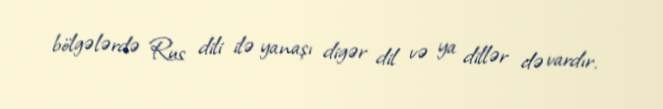
bölgələrdə Rus dili ilə yanaşı digər dil və ya dillər də vardır.